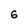
Character: 6